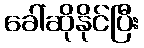
ခေါ်ဆိုနိုင်ပြီး